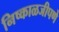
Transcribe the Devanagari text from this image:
निष्काळजीपणे